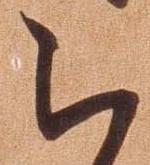
被